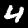
Digit: 4